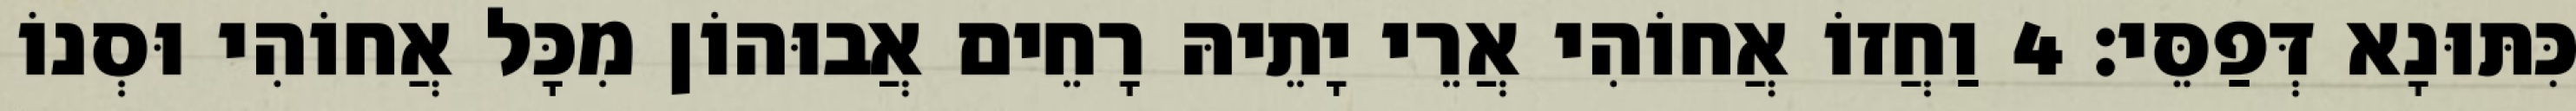
כִּתּוּנָא דְּפַסֵּי׃ 4 וַחֲזוֹ אֲחוֹהִי אֲרֵי יָתֵיהּ רָחֵים אֲבוּהוֹן מִכָּל אֲחוֹהִי וּסְנוֹ